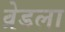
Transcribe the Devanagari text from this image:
व्रेडला